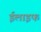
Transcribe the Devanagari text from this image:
ईलाइफ